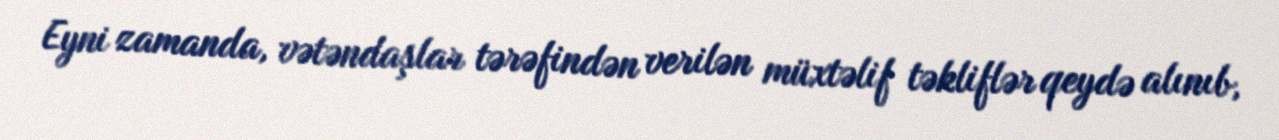
Eyni zamanda, vətəndaşlar tərəfindən verilən müxtəlif təkliflər qeydə alınıb,